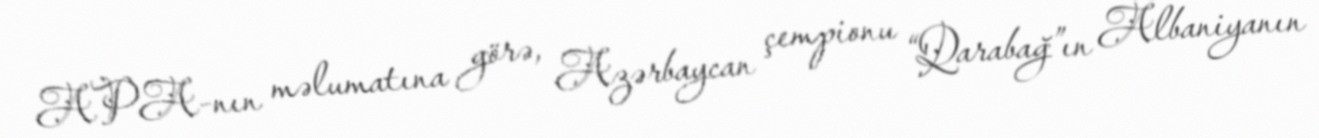
APA-nın məlumatına görə, Azərbaycan çempionu “Qarabağ”ın Albaniyanın